Civil Veterinary Dept. Bombay admin report 1932-41 - 1932-1941
Year: 1932
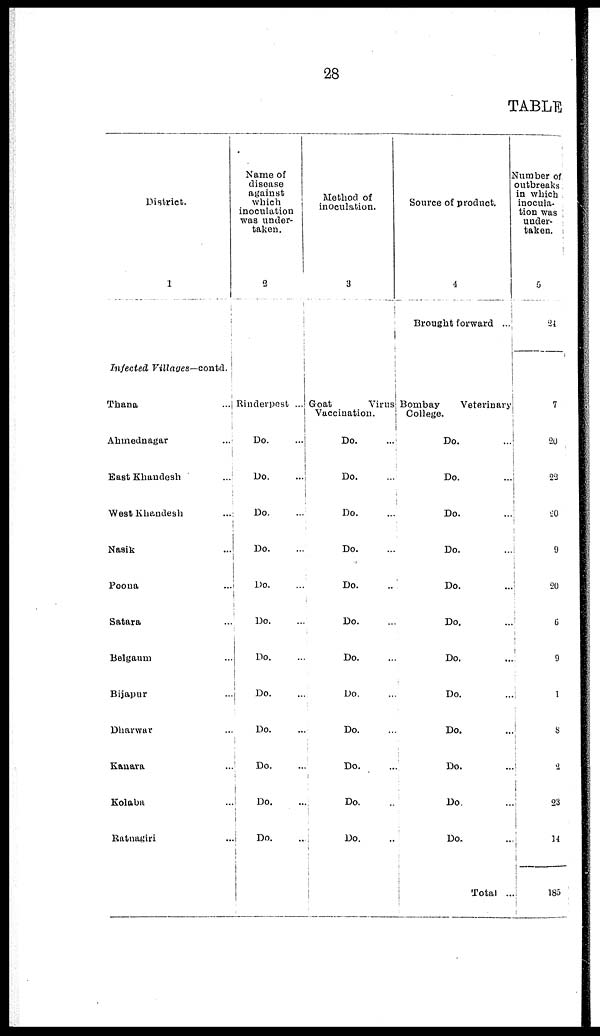
28
TABLE
District.
1
Infected Villages—contd.
Thana ...
Ahmednagar ...
East Khandesh ...
West Khandesh ...
Nasik ...
Poona ...
Satara ...
Belgaum ...
Bijapur ...
Dharwar ...
Kanara ...
Kolaba ...
Ratnagiri ...
Name of
disease
against
which
inoculation
was under-
taken.
2
Rinderpest ...
Do. ...
Do. ...
Do. ...
Do. ...
Do. ...
Do. ...
Do. ...
Do. ...
Do. ...
Do. ...
Do. ...
Do. ...
Method of
inoculation.
3
Goat
Virus
Vaccination.
Do. ...
Do. ...
Do. ...
Do. ...
Do. ...
Do. ...
Do. ...
Do. ...
Do. ...
Do. ...
Do. ...
Do. ...
Source of product.
4
Brought forward ...
Bombay
Veterinary
College.
Do. ...
Do. ...
Do. ...
Do. ...
Do. ...
Do. ...
Do. ...
Do. ...
Do. ...
Do. ...
Do. ...
Do. ...
Total ...
Number of;
outbreaks
in which
inocula-
tion was
under-
taken.
5
24
7
20
22
20
9
20
6
9
1
8
2
23
14
185